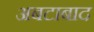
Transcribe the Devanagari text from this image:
अबटाबाद